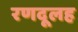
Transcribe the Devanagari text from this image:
रणदूलह